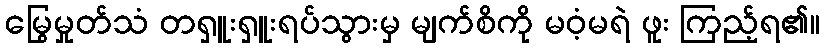
မြွေမှုတ်သံ တရှူးရှူးရပ်သွားမှ မျက်စိကို မဝံ့မရဲ ဖူး ကြည့်ရ၏။